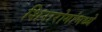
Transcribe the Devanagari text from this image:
शिरारोगांमध्ये